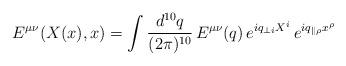
LaTeX: \begin{align*} E^{\mu \nu} (X(x),x) = \int \frac{d^{10} q}{(2 \pi)^{10}} \, E^{\mu \nu} (q) \,e^{iq_{\perp i} X^i} \, e^{i q_{\parallel \rho} x^{\rho}}\end{align*}